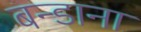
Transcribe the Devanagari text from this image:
बन्डाना